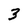
Character: 3